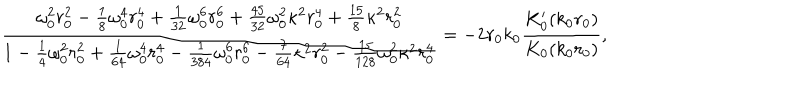
\frac { \omega _ { 0 } ^ { 2 } r _ { 0 } ^ { 2 } - \frac 1 8 \omega _ { 0 } ^ { 4 } r _ { 0 } ^ { 4 } + \frac { 1 } { 3 2 } \omega _ { 0 } ^ { 6 } r _ { 0 } ^ { 6 } + \frac { 4 5 } { 3 2 } \omega _ { 0 } ^ { 2 } \kappa ^ { 2 } r _ { 0 } ^ { 4 } + \frac { 1 5 } { 8 } \kappa ^ { 2 } r _ { 0 } ^ { 2 } } { 1 - \frac 1 4 \omega _ { 0 } ^ { 2 } r _ { 0 } ^ { 2 } + \frac { 1 } { 6 4 } \omega _ { 0 } ^ { 4 } r _ { 0 } ^ { 4 } - \frac { 1 } { 3 8 4 } \omega _ { 0 } ^ { 6 } r _ { 0 } ^ { 6 } - \frac { 7 } { 6 4 } \kappa ^ { 2 } r _ { 0 } ^ { 2 } - \frac { 1 5 } { 1 2 8 } \omega _ { 0 } ^ { 2 } \kappa ^ { 2 } r _ { 0 } ^ { 4 } } = - 2 r _ { 0 } k _ { 0 } \frac { K _ { 0 } ^ { \prime } ( k _ { 0 } r _ { 0 } ) } { K _ { 0 } ( k _ { 0 } r _ { 0 } ) } ,